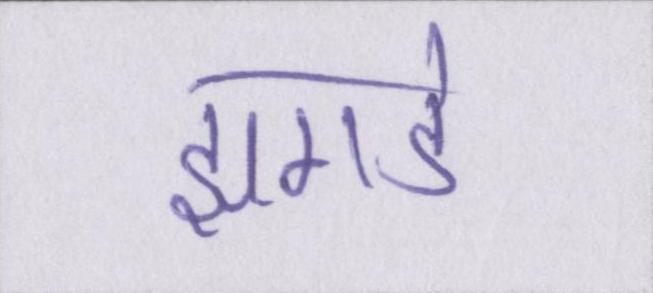
झगडे